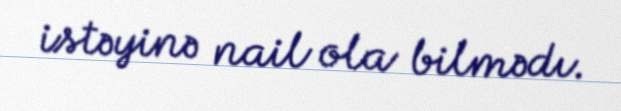
istəyinə nail ola bilmədı.